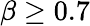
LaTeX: \beta\geq 0.7